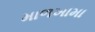
માળખામા